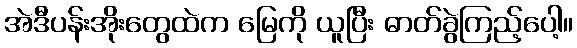
အဲဒီပန်းအိုးတွေထဲက မြေကို ယူပြီး ဓာတ်ခွဲကြည့်ပေါ့။